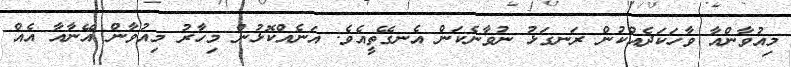
މިއުވާންއާ ވާހަކަދެއްކުން ރަނގަޅު ނުވާނެކަން އެނގޭތީއެވެ. އަނެއްކޮޅުން މިހާރު މިއުވާން އޭނާއާ އެއް